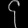
Digit: ၄